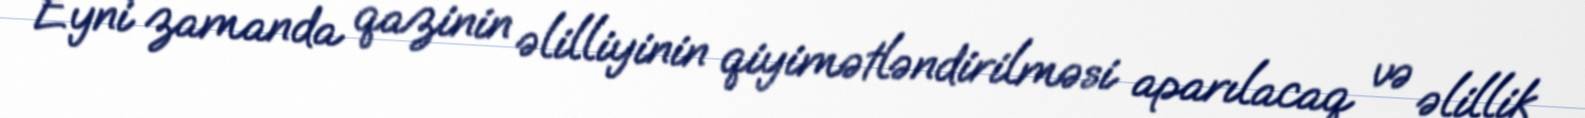
Eyni zamanda qazinin əlilliyinin qiyimətləndirilməsi aparılacaq və əlillik